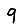
Digit: 9